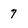
Character: 7